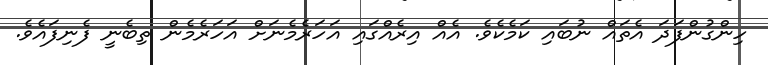
ހިންގުންފަދަ އެތައް ނުބައި ކަމެކެވެ. އެއް އިރެއްގައި އަހަރެމެނަށް އަހަރެމެން ތިބެނީ ފެނިފައެވެ.